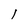
Character: l